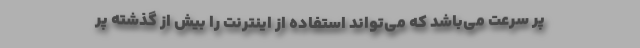
پر سرعت می‌باشد که می‌تواند استفاده از اینترنت را بیش از گذشته پر